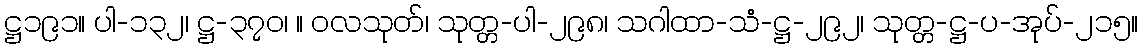
ဋ္ဌ၁၉၁။ ပါ-၁၃၂၊ ဋ္ဌ-၃၇၀၊ ။ ဝလသုတ်၊ သုတ္တ-ပါ-၂၉၈၊ သဂါထာ-သံ-ဋ္ဌ-၂၉၂၊ သုတ္တ-ဋ္ဌ-ပ-အုပ်-၂၁၅။